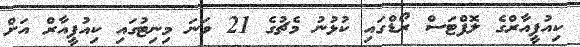
ކިއުޕީއާރްގެ ލޮފްޓަސް ރޯޑްގައި ކުޅުނު މެޗުގެ 21 ވަނަ މިނިޓުގައި ކިއުޕީއާރް އަށް